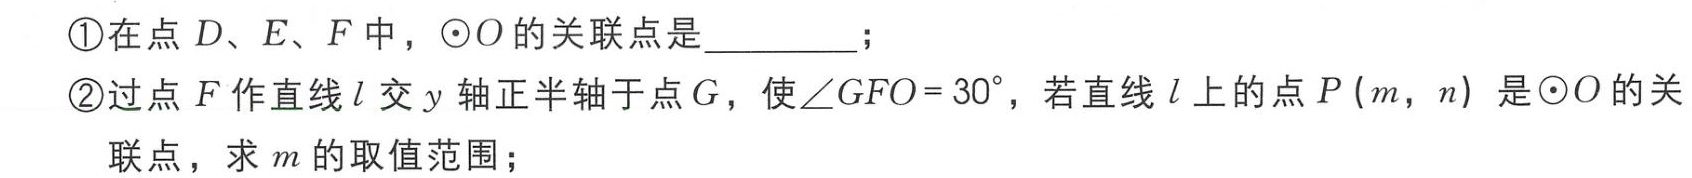
\textcircled{1}在点\(D、E、F\)中，\(\odot O\)的关联点是__________；

\textcircled{2}过点\(F\)作直线\(l\)交\(y\)轴正半轴于点\(G\)，使\(\angle GFO = 30^{\circ}\)，若直线\(l\)上的点\(P(m,n)\)是\(\odot O\)的关联点，求\(m\)的取值范围；